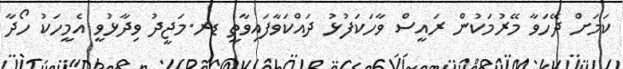
ކަމަށް ދޭހަވާ މޭރުމަކުން ރައީސް ވާހަކަފުޅު ދައްކަވާފައިވާތީ ޑރ.މަޖީދު ވިދާޅުވީ އެމީހަކު ހޯދާ